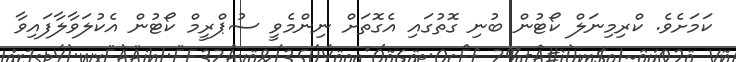
ކަމަށެވެ. ކްރިމިނަލް ކޯޓުން ބުނި ގޮތުގައި އެގޮތަށް ނިންމެވީ ސުޕްރީމް ކޯޓުން އެކުލަވާލާފައިވާ